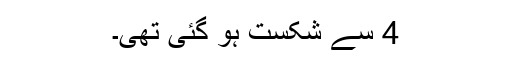
4 سے شکست ہو گئی تھی۔